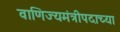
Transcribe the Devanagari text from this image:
वाणिज्यमंत्रीपदाच्या